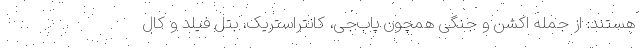
هستند: از جمله اکشن و جنگی همچون پاب‌جی، کانتراستریک، بتل فیلد و کال